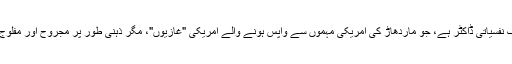
امریکی فوج میں میجر رینک کا عہدہ دار حسن ندال ایک نفسیاتی ڈاکٹر ہے، جو ماردھاڑ کی امریکی مہموں سے واپس ہونے والے امریکی "غازیوں"، مگر ذہنی طور پر مجروح اور مفلوج ہوجانے والے فوجیوں کی نفسیاتی تھراپی کیا کرتا تھا۔